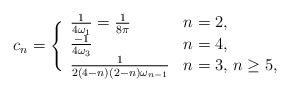
\begin{align*}c_n=\Bigg\{\begin{array}{ll}\frac{1}{4\omega_1}=\frac{1}{8\pi} & n=2, \\\frac{-1}{4\omega_3} & n=4,\\\frac{1}{2(4-n)(2-n)\omega_{n-1}} & n=3,$ $n\geq 5,\end{array}\end{align*}